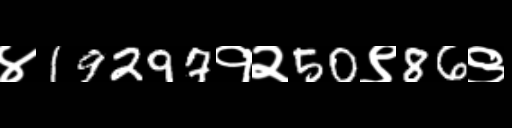
Text: ४19297१२50९86९